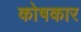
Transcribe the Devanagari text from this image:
काेषकार